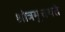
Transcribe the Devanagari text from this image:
श्रोत्रमुचयते